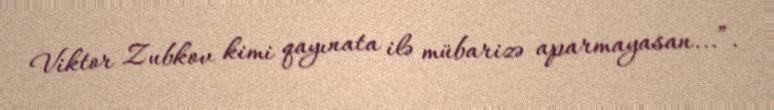
Viktor Zubkov kimi qayınata ilə mübarizə aparmayasan...”.